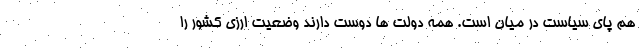
هم پای سیاست در میان است. همه دولت ها دوست دارند وضعیت ارزی کشور را